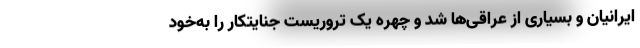
ایرانیان و بسیاری از عراقی‌ها شد و چهره یک تروریست جنایتکار را به‌خود